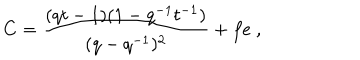
LaTeX: C = \frac { ( q t - 1 ) ( 1 - q ^ { - 1 } t ^ { - 1 } ) } { ( q - q ^ { - 1 } ) ^ { 2 } } + f e ~ ,